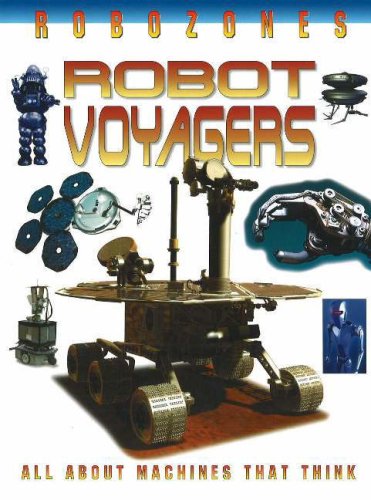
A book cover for Robot Voyagers (Robozones); David Jefferis; Children's Books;